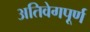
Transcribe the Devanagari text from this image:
अतिवेगपूर्ण